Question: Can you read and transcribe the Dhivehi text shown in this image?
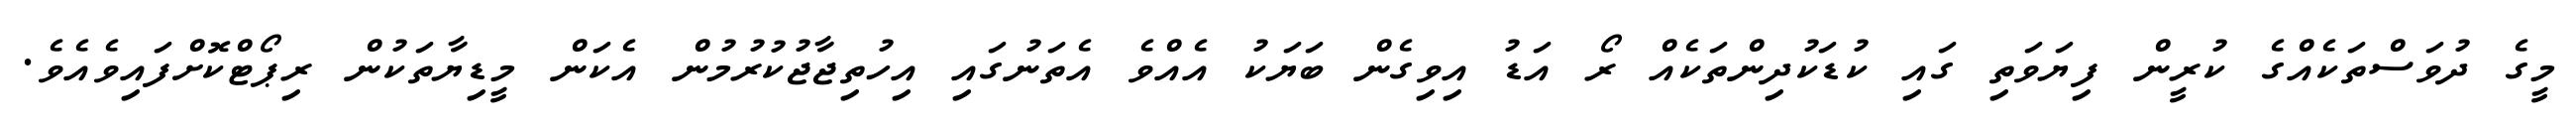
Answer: މީގެ ދުވަސްތަކެއްގެ ކުރީން ފިޔަވަތި ގައި ކުޑަކުދިންތަކެއް ރޯ އަޑު އިވިގެން ބަޔަކު އެއްވެ އެތަނުގައި އިހުތިޖާޖުކުރުމުން އެކަން މީޑިޔާތަކުން ރިޕޯޓްކޮށްފައިވެއެވެ.